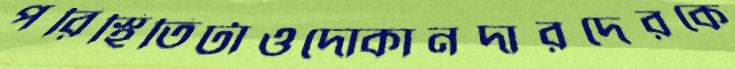
পরিস্থিতিটাওদোকানদারদেরকে